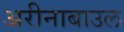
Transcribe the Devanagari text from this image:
अरीनाबाउल